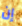
إن